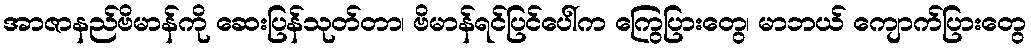
အာဇာနည်ဗိမာန်ကို ဆေးပြန်သုတ်တာ၊ ဗိမာန်ရင်ပြင်ပေါ်က ကြွေပြားတွေ၊ မာဘယ် ကျောက်ပြားတွေ